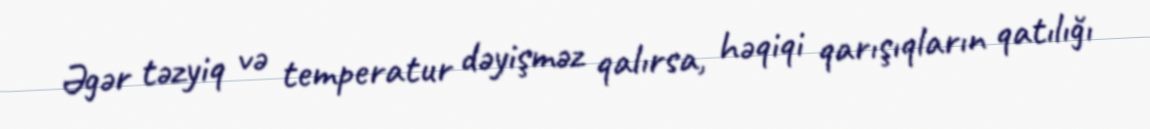
Əgər təzyiq və temperatur dəyişməz qalırsa, həqiqi qarışıqların qatılığı